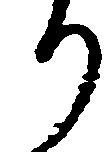
り